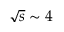
\sqrt { s } \sim 4